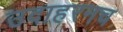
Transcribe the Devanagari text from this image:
उदाहरनच